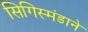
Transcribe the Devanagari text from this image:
सिगिस्मंडाने